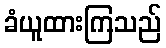
ခံယူထားကြသည်